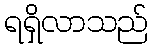
ရရှိလာသည်